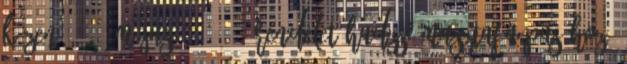
kézen 1664. május 17–25. – Rendelet Hadzsi Musztafa pasához,